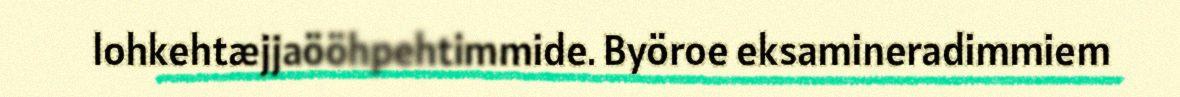
lohkehtæjjaööhpehtimmide. Byöroe eksamineradimmiem